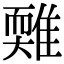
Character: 𩀋